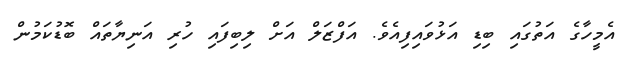
އެމީހާގެ އަތުގައި ބިޑި އަޅުވައިފިއެވެ. އަފްޒަލް އަށް ލިބިފައި ހުރި އަނިޔާތައް ބޮޑުކަމުން